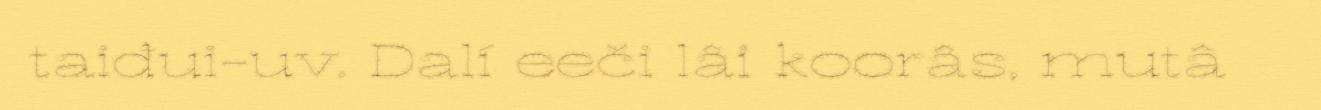
taiđui-uv. Dalí eeči lâi koorâs, mutâ